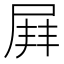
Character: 𡲓